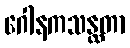
ဂေါနကသန္ထတာ